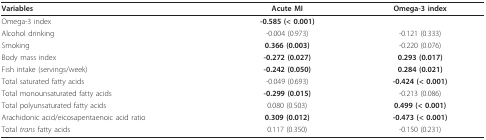
| Variables | Acute MI | Omega-3 index |
 | --- | --- | --- |
 | Omega-3 index | -0.585 (< 0.001) |  |
 | Alcohol drinking | -0.004 (0.973) | -0.121 (0.333) |
 | Smoking | 0.366 (0.003) | -0.220 (0.076) |
 | Body mass index | -0.272 (0.027) | 0.293 (0.017) |
 | Fish intake (servings/week) | -0.242 (0.050) | 0.284 (0.021) |
 | Total saturated fatty acids | -0.049 (0.693) | -0.424 (< 0.001) |
 | Total monounsaturated fatty acids | -0.299 (0.015) | -0.213 (0.086) |
 | Total polyunsaturated fatty acids | 0.080 (0.503) | 0.499 (< 0.001) |
 | Arachidonic acid/eicosapentaenoic acid ratio | 0.309 (0.012) | -0.473 (< 0.001) |
 | Total trans fatty acids | 0.117 (0.350) | -0.150 (0.231) |